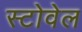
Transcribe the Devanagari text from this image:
स्टोवेल